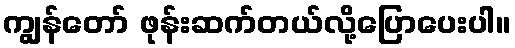
ကျွန်တော် ဖုန်းဆက်တယ်လို့ပြောပေးပါ။